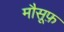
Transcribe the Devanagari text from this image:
मौसूफ़